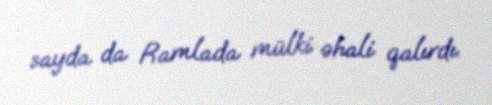
sayda da Ramlada mülki əhali qalırdı.